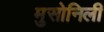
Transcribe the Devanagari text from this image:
मुसोनिली